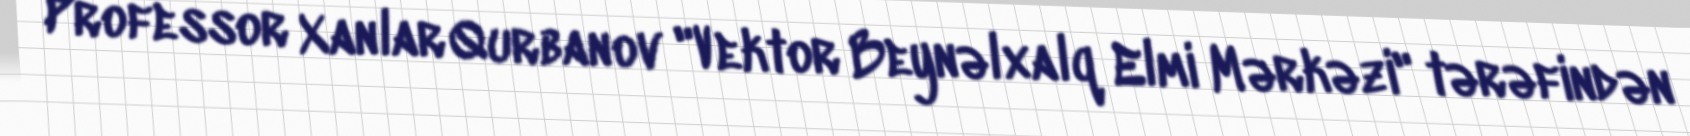
Professor Xanlar Qurbanov "Vektor Beynəlxalq Elmi Mərkəzi" tərəfindən